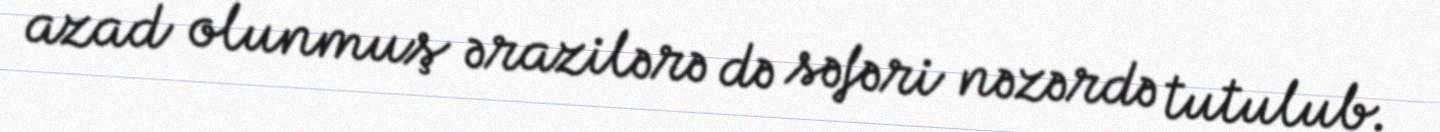
azad olunmuş ərazilərə də səfəri nəzərdə tutulub.